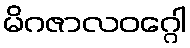
မိဂဇာလဝဂ္ဂေါ